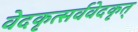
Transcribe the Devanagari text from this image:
वेदकृत्सर्ववेदकृत्